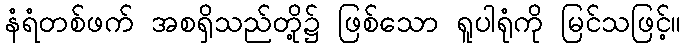
နံရံတစ်ဖက် အစရှိသည်တို့၌ ဖြစ်သော ရူပါရုံကို မြင်သဖြင့်။